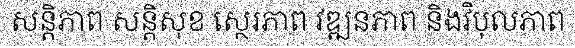
សន្តិភាព សន្តិសុខ ស្ថេរភាព វឌ្ឍនភាព និងវិបុលភាព